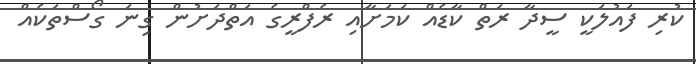
ކުރި ފައުލަކީ ސީދާ ރަތް ކާޑެއް ކަމަށާއި ރެފްރީގެ އަތްދަށުން ގިނަ ގޯސްތަކެއް